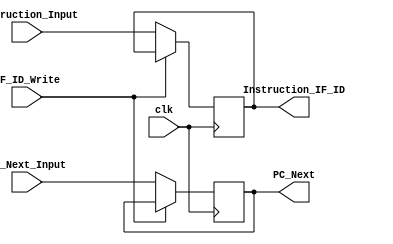
module IF_ID(

    input [31:0] PC_Next_Input, 
    input [31:0] Instruction_Input,
    input clk,  
    input IF_ID_Write, 
    output reg [31:0] PC_Next, Instruction_IF_ID
    );
    
    always @(posedge clk) 
    begin
               
                    if (IF_ID_Write == 0) // for no stalling 
                        begin
                        PC_Next = PC_Next_Input;
                        Instruction_IF_ID = Instruction_Input;
                        end
                    else  // for stalling
                        begin
                        PC_Next = PC_Next;
                        Instruction_IF_ID = Instruction_IF_ID;
                        end
                
    end
    
endmodule